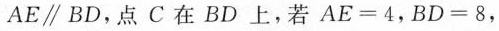
AE\parallel BD，点C在BD上，若$$A E = 4$$，$$B D = 8$$，